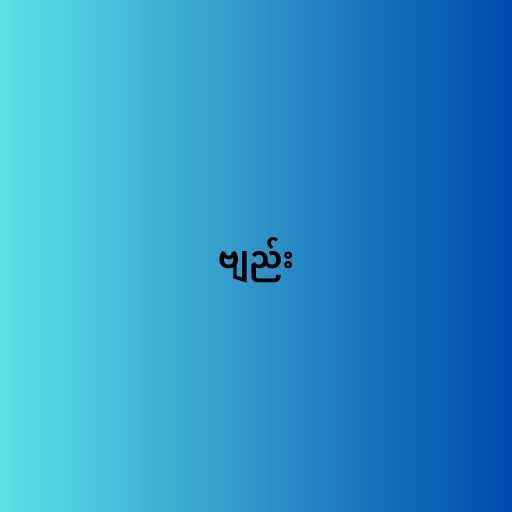
ဗျည်း